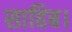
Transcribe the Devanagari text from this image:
साहिब।